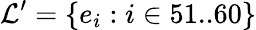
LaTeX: \mathcal{L}^{\prime}=\{ e_{i}:i\in 51..60\}